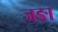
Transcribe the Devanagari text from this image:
जङा